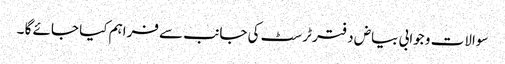
سوالات و جوابی بیاض دفتر ٹرسٹ کی جانب سے فراہم کیا جائے گا ۔